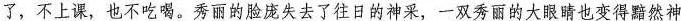
了，不上课，也不吃喝。秀丽的脸庞失去了往日的神采，一双秀丽的大眼睛也变得黯然神